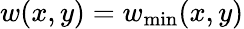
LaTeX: w(x,y)=w_{\mathrm{min}}(x,y)